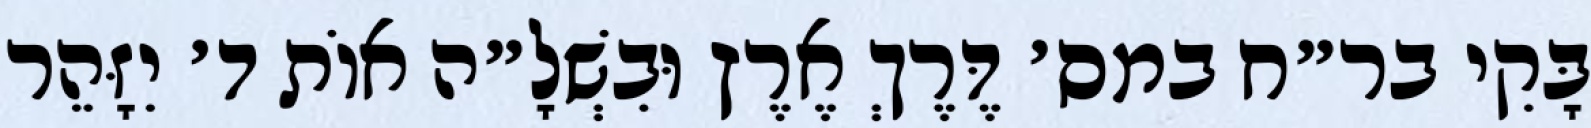
בָּקִי בר״ח במס׳ דֶּרֶךְ אֶרֶץ וּבִשְׁלָ״ה אוֹת ד׳ יִזָּהֵר